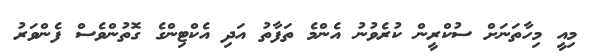
މިއީ މިހާތަނަށް ސުކްރީން ކުރެވުނު އެންމެ ތަފާތު އަދި އެކްޓިންގެ ގޮތުންވެސް ފެންވަރު